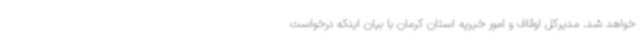
خواهد شد. مدیرکل اوقاف و امور خیریه استان کرمان با بیان اینکه درخواست